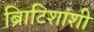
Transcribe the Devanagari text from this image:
ब्रिाटिशांशी